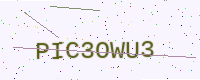
Text: PIC3OWU3